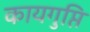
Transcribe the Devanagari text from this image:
कायगुप्ति